Riigikantselei, lk 133
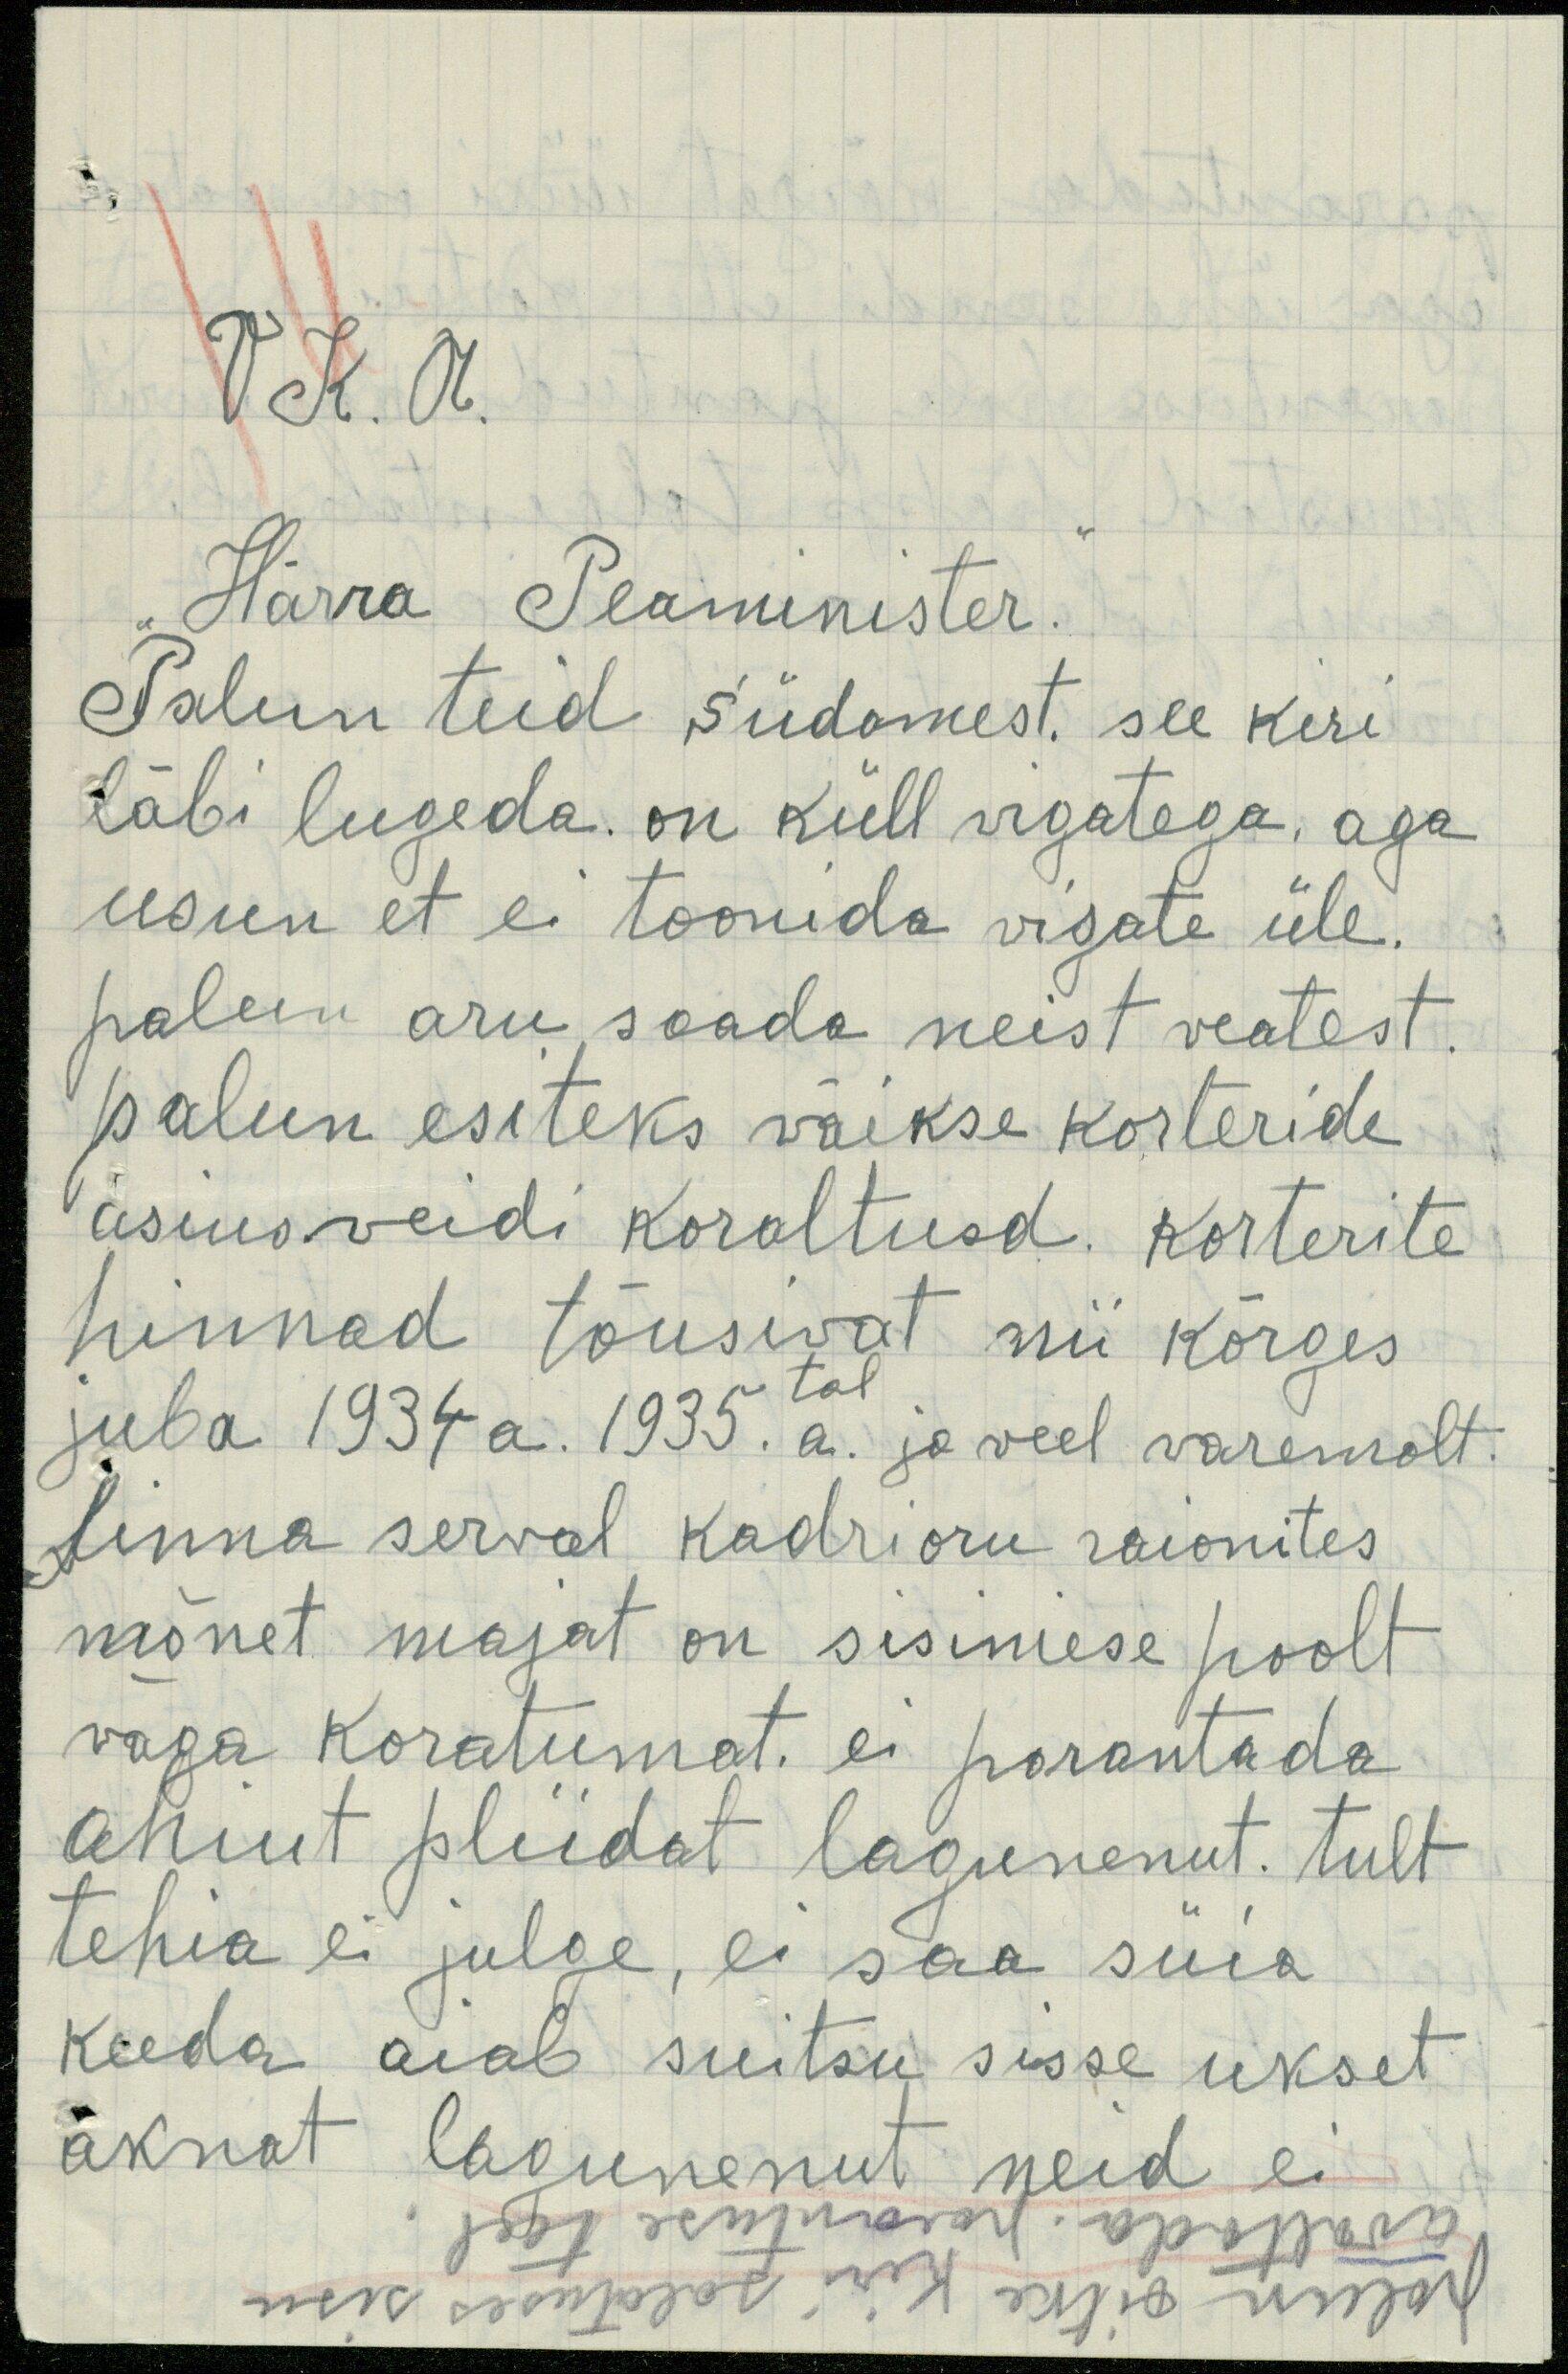
VK. R.
Härra Peaminister.
Palun teid südamest, see kiri
läbi lugeda. on küll vigatega, aga
usun et ei toonida vigate üle.
palun aru saada neist veatest.
palun esiteks vaikse korteride
asius veidi koraltusd. Korterite
hinnad tõusivat nii kõrges
juba 1934 a. 1935. a. ja veel varemolt.
linna serval kadrioru raionites
mõnet majat on sisimese poolt,
vaga koratumat, ei parantada
ahiut pliidat lagunenut. tult,
tehia ei julge, ei saa süia
keeda aiab suitsu sisse ukset
aknat lagunenut neid ei